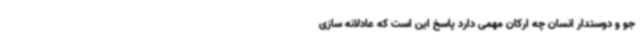
جو و دوستدار انسان چه ارکان مهمی دارد پاسخ این است که عادلانه سازی